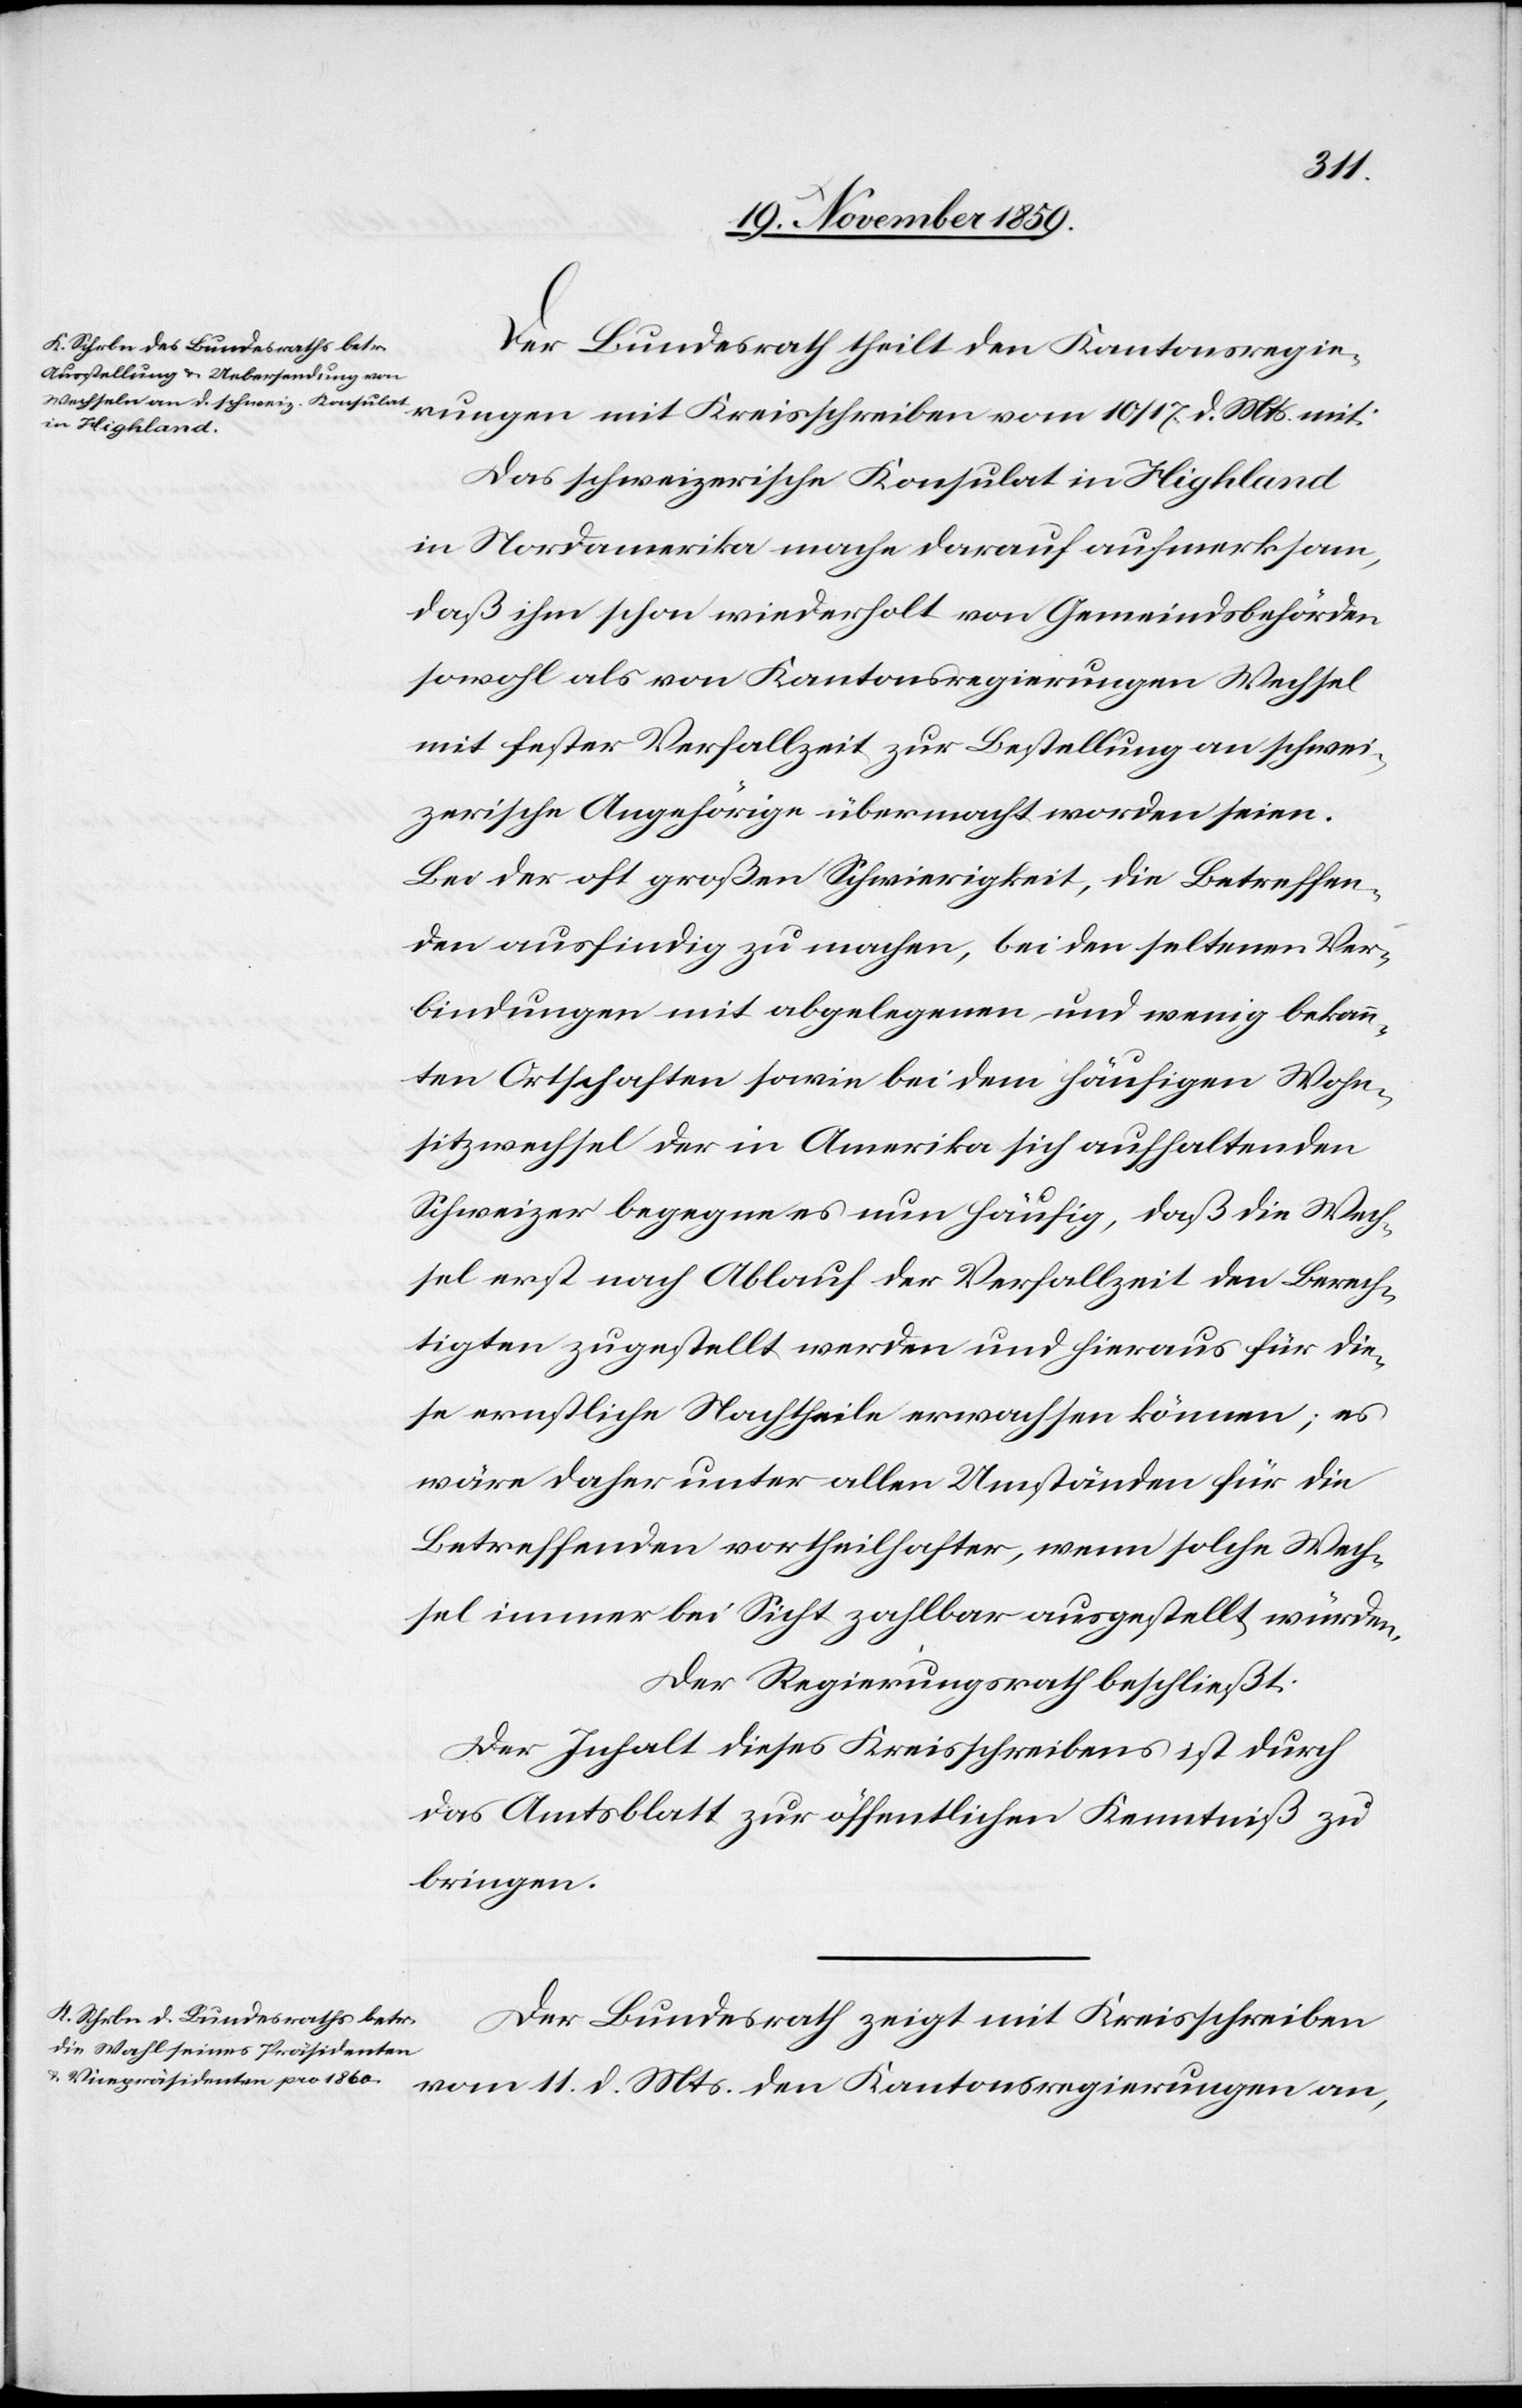
Der Bundesrath theilt den Kantonsregie¬
rungen mit Kreisschreiben vom 10/17. d. Mts. mit:
Das schweizerische Konsulat in Highland
in Nordamerika mache darauf aufmerksam,
daß ihm schon wiederholt von Gemeindsbehörden
sowohl als von Kantonsregierungen Wechsel
mit fester Verfallzeit zur Bestellung an schwei¬
zerische Angehörige übermacht worden seien.
Bei der oft großen Schwierigkeit, die Betreffen¬
den ausfindig zu machen, bei den seltenen Ver¬
bindungen mit abgelegenen und wenig bekann¬
ten Ortschaften sowie bei dem häufigen Wohn¬
sitzwechsel der in Amerika sich aufhaltenden
Schweizer begegne es nun häufig, daß die Wech¬
sel erst nach Ablauf der Verfallzeit den Berech¬
tigten zugestellt werden und hieraus für die¬
se ernstliche Nachtheile erwachsen können; es
wäre daher unter allen Umständen für die
Betreffenden vortheilhafter, wenn solche Wech¬
sel immer bei Sicht zahlbar ausgestellt würden.
Der Regierungsrath beschließt:
Der Inhalt dieses Kreisschreibens ist durch
das Amtsblatt zur öffentlichen Kenntniß zu
bringen.
Der Bundesrath zeigt mit Kreisschreiben
vom 11. d. Mts. den Kantonsregierungen an,